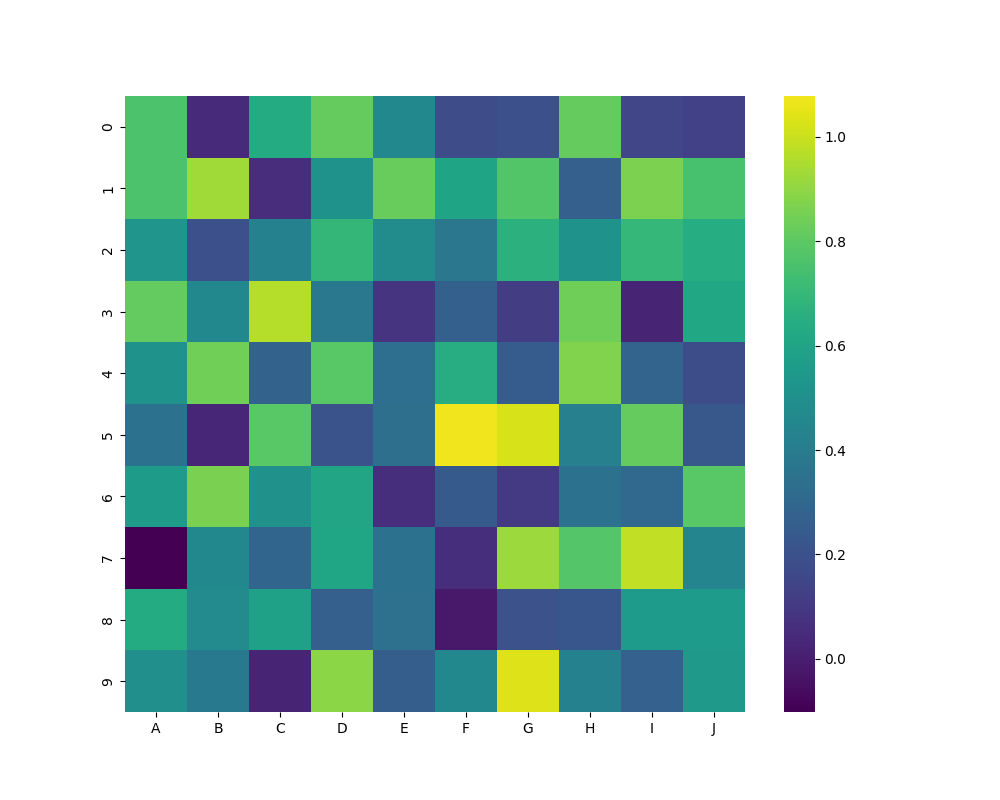
python, seaborn, heatmap, cmap='viridis', linewidths=0.0, center=0.5